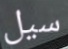
سيل